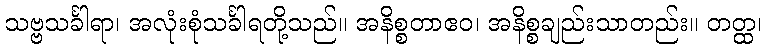
သဗ္ဗသင်္ခါရာ၊ အလုံးစုံသင်္ခါရတို့သည်။ အနိစ္စတာဧဝ၊ အနိစ္စချည်းသာတည်း။ တတ္ထ၊